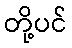
တို့ပင်